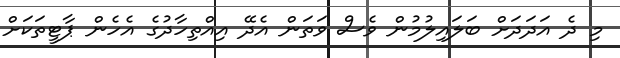
މި ދެ އަދަދަށް ބަލައިލުމުން ވެސް ވަތަން އެދޭ އިއްތިހާދުގެ އެހެން ޕާޓީތަކަށް